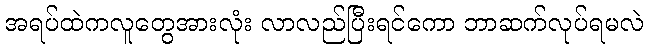
အရပ်ထဲကလူတွေအားလုံး လာလည်ပြီးရင်ကော ဘာဆက်လုပ်ရမလဲ